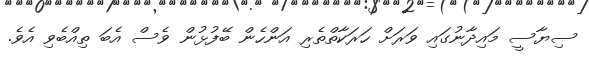
ސިޔާސީ މައިދާނުގައި ވަރަށް ހަރަކާތްތެރި އަންހެން ބޭފުޅުން ވެސް އެބަ ތިއްބެވި އެވެ.